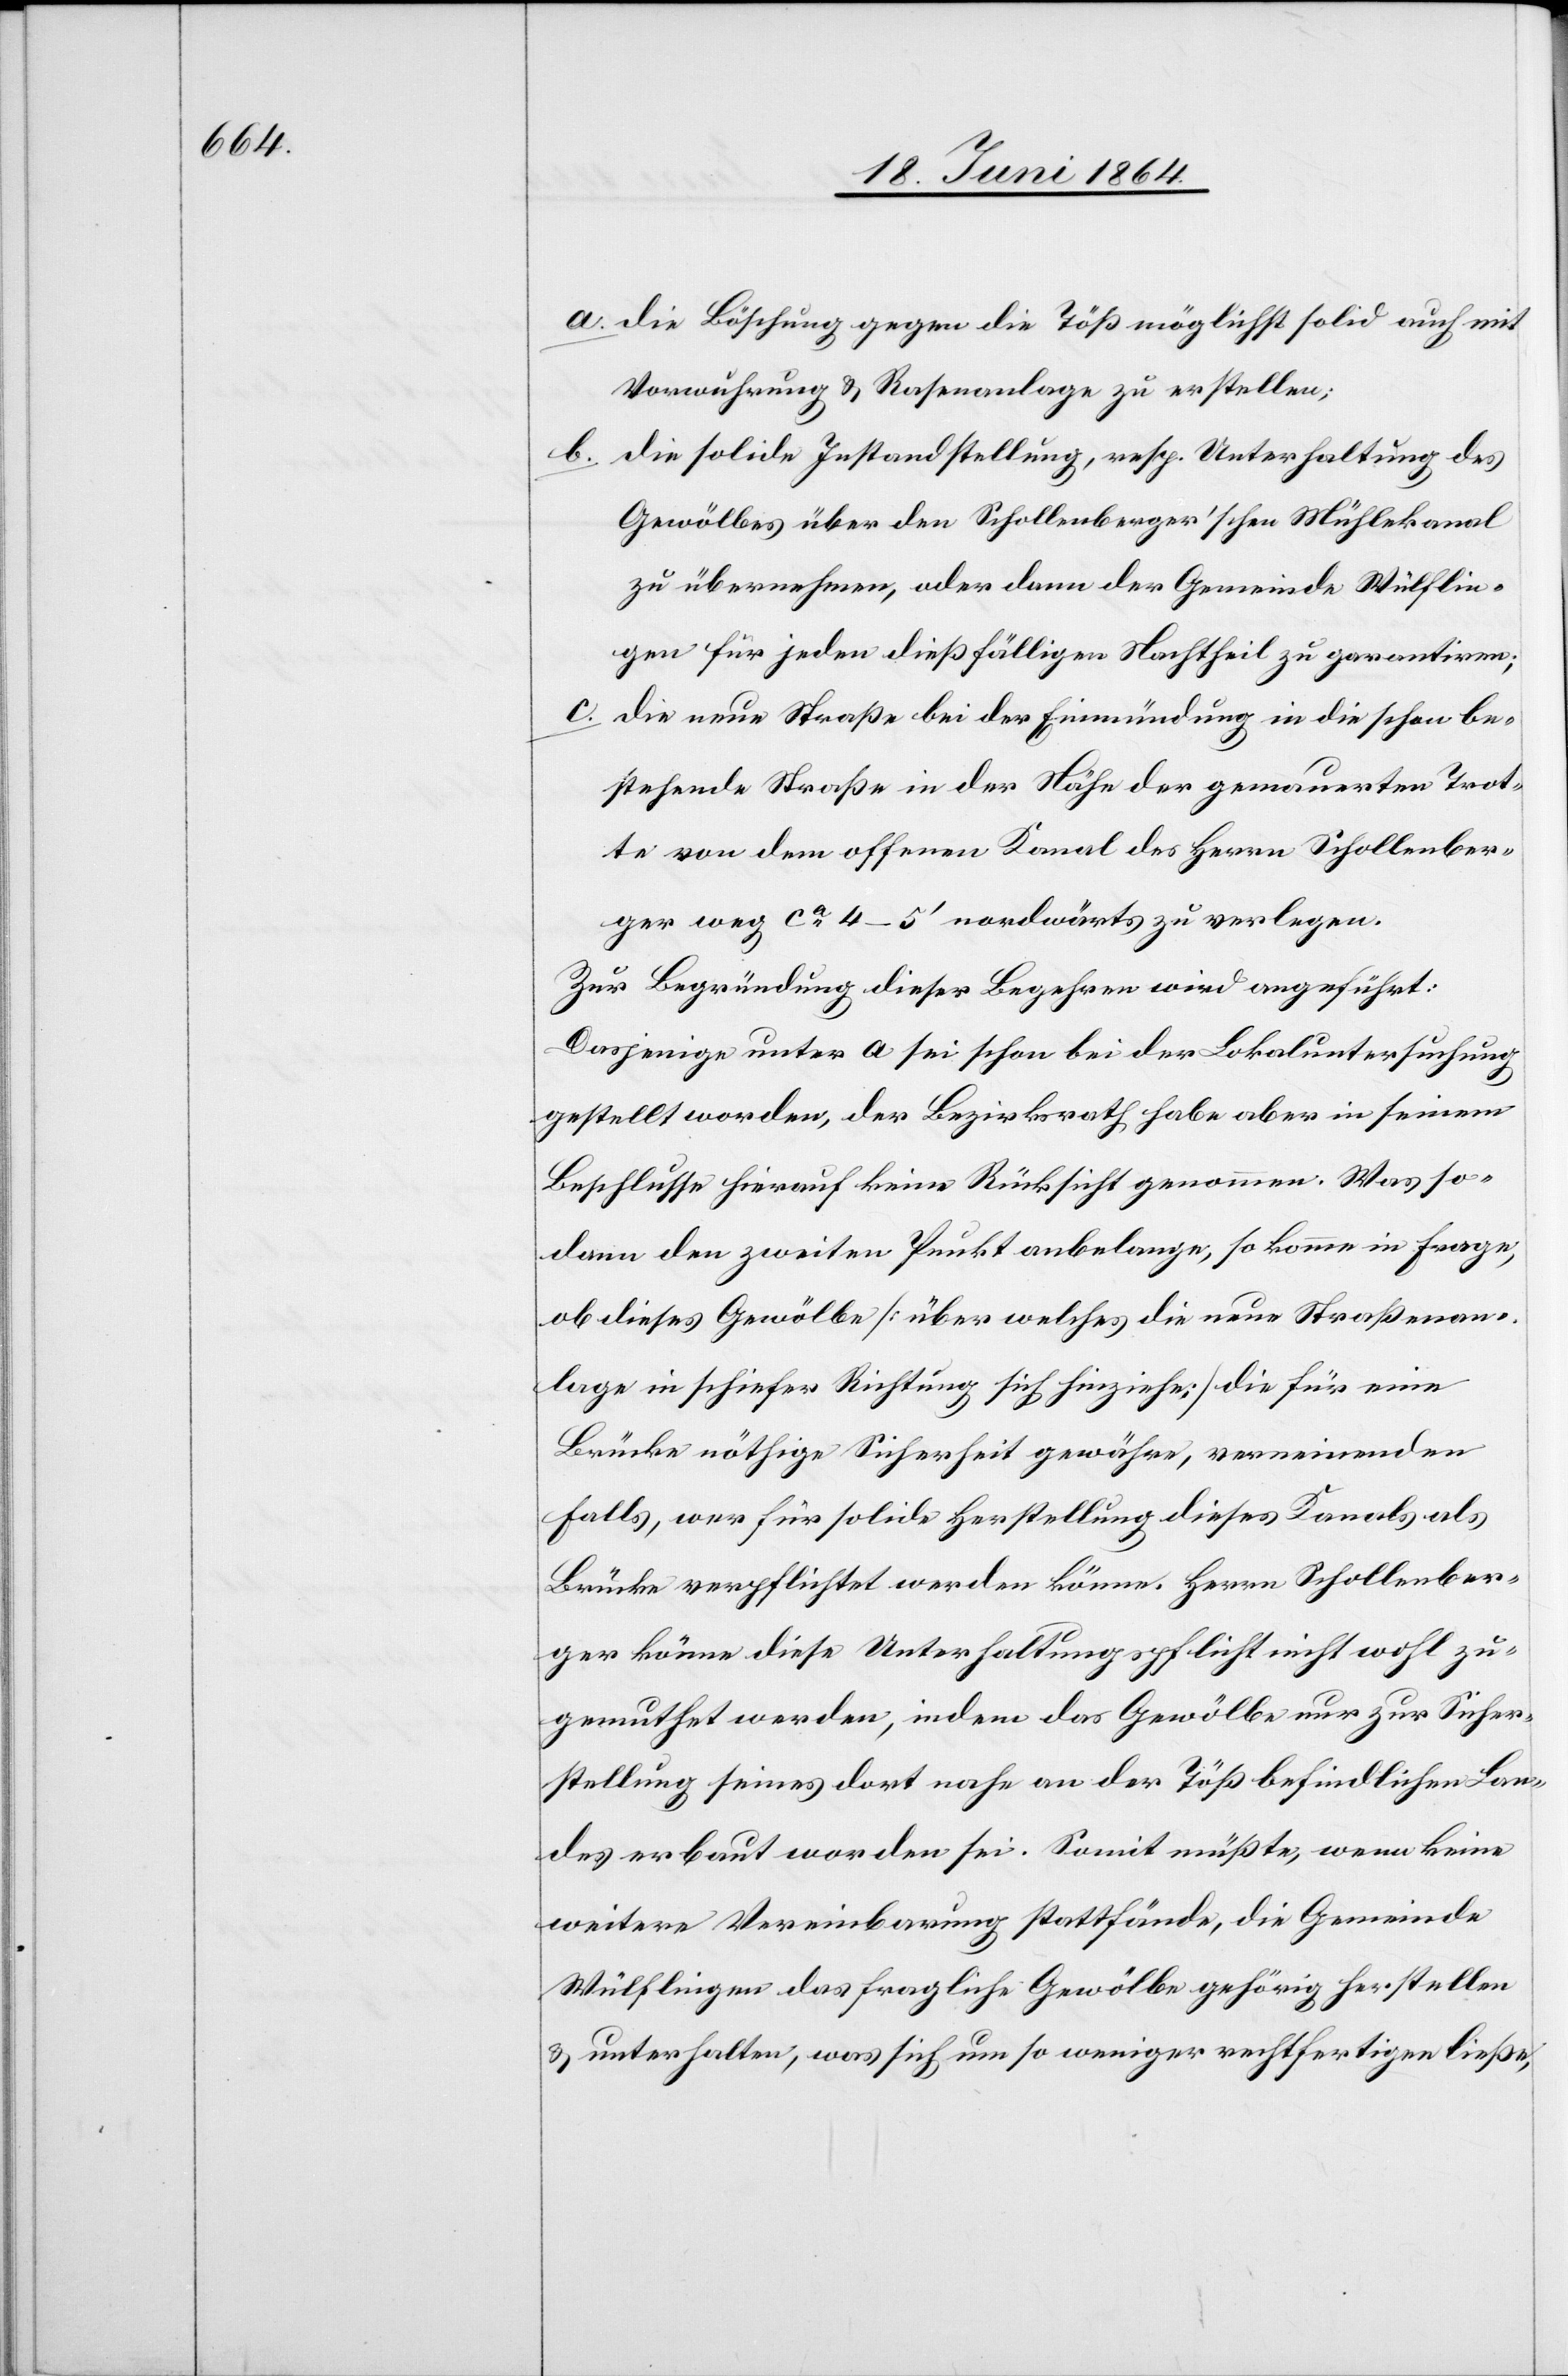
a. die Böschung gegen die Töß möglichst solid auch mit
Vorwährung u. Rasenanlage zu erstellen;
b. die solide Instandstellung, resp. Unterhaltung des
Gewölbes über den Schollenberger’schen Mühlekanal
zu übernehmen, oder dann der Gemeinde Wülflin¬
gen für jeden dießfälligen Nachtheil zu garantiren;
c. die neue Straße bei der Einmündung in die schon be¬
stehende Straße in der Nähe der gemauerten Trot¬
te von dem offenen Kanal des Herrn Schollenber¬
ger weg ca 4–5’ nordwärts zu verlegen.
Zur Begründung dieser Begehren wird angeführt:
Dasjenige unter a sei schon bei der Lokaluntersuchung
gestellt worden, der Bezirksrath habe aber in seinem
Beschlusse hierauf keine Rücksicht genommen. Was so¬
dann den zweiten Punkt anbelange, so komme in Frage,
ob dieses Gewölbe [über welches die neue Straßenan¬
lage in schiefer Richtung sich hinziehe] die für eine
Brücke nöthige Sicherheit gewähre, verneinenden
Falls, wer für solide Herstellung dieses Kanals als
Brücke verpflichtet werden könne. Herrn Schollenber¬
ger könne diese Unterhaltungspflicht nicht wohl zu¬
gemuthet werden, indem das Gewölbe nur zur Sicher¬
stellung seines dort nahe an der Töß befindlichen Lan¬
des erbaut worden sei. Somit müßte, wenn keine
weitere Vereinbarung stattfände, die Gemeinde
Wülflingen das fragliche Gewölbe gehörig herstellen
u. unterhalten, was sich um so weniger rechtfertigen ließe,